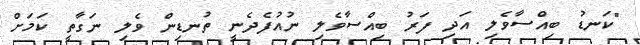
"ކަނޑު ބިއްސާވެލި އަދި ފަރު ބިއްސާވެލި ނުއުފެދެނީ ތުނޑިން ވެލި ނަގާތީ ކަމަށް